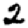
Digit: 2